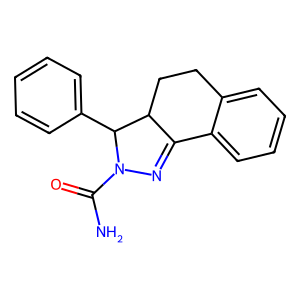
SMILES: NC(=O)N1N=C2c3ccccc3CCC2C1c1ccccc1
Inhibits HIV replication: No